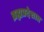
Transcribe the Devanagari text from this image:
ब्रह्मप्रदेशात